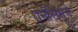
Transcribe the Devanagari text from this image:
धर्मसिंधूने